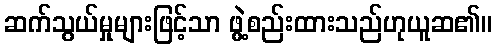
ဆက်သွယ်မှုများဖြင့်သာ ဖွဲ့စည်းထားသည်ဟုယူဆ၏။